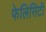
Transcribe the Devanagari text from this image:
फेलिसिटी